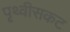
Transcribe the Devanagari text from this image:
पृथ्वीसकट